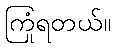
ကြုံရတယ်။